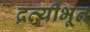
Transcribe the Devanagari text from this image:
द्रव्यीभूत